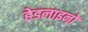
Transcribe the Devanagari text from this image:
हेडलाइनों